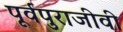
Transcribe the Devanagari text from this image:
पूर्वपुराजीवी